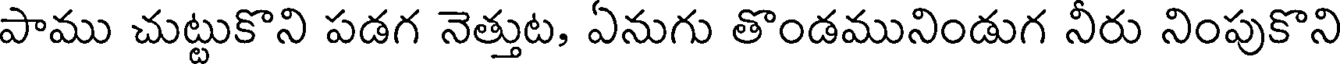
పాము చుట్టుకొని పడగ నెత్తుట, ఏనుగు తొండమునిండుగ నీరు నింపుకొని